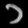
Digit: ၁